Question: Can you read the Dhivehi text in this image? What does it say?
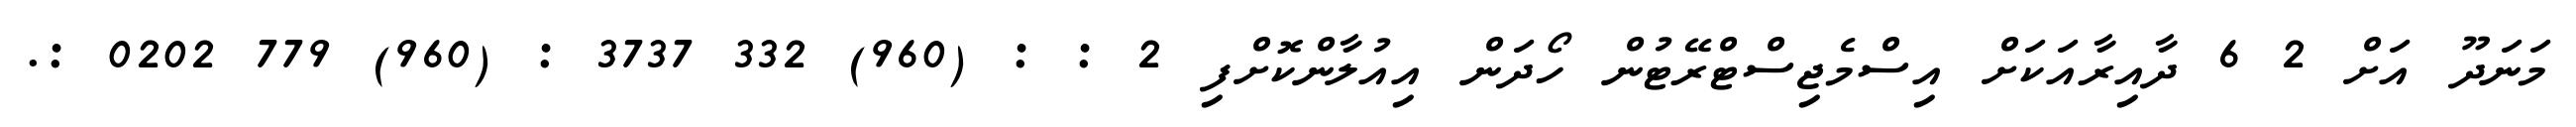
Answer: މަނަދޫ އަށް 2 6 ދާއިރާއަކަށް އިސްމެޖިސްޓްރޭޓުން ހޯދަން އިއުލާންކޮށްފި 2 : : (960) 332 3737 : (960) 779 0202 :.